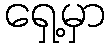
ရှေ့မှာ